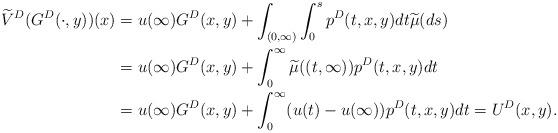
LaTeX: \begin{align*}\widetilde V^D (G^D( \cdot, y))(x)&=u(\infty) G^D( x, y) +\int_{(0,\infty)}\int_0^s p^D(t,x,y)dt\widetilde \mu(ds)\\&=u(\infty) G^D( x, y) +\int_{0}^\infty\widetilde \mu((t, \infty)) p^D(t,x,y)dt \\&=u(\infty) G^D( x, y) +\int_{0}^\infty (u(t) -u(\infty) ) p^D(t,x,y)dt =U^D(x,y).\end{align*}